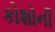
કોશોની